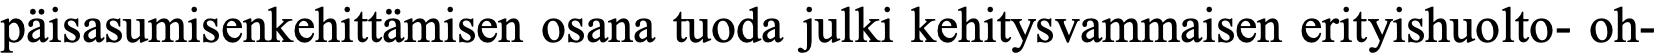
päisasumisenkehittämisen osana tuoda julki kehitysvammaisen erityishuolto- oh-